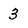
Character: 3